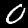
Label: 0